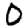
Digit: 0